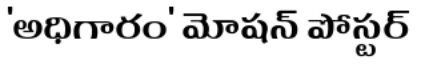
'అధిగారం' మోషన్ పోస్టర్